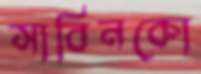
সাবিনকো